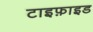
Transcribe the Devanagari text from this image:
टाइफ़ाइड